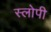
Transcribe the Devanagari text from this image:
स्लोपी